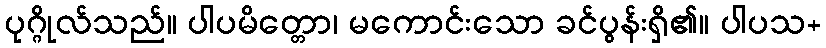
ပုဂ္ဂိုလ်သည်။ ပါပမိတ္တော၊ မကောင်းသော ခင်ပွန်းရှိ၏။ ပါပသ+